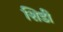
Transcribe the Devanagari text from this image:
शिडीं